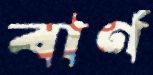
বার্ণ